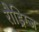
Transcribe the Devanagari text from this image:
रौड्रिग्ज